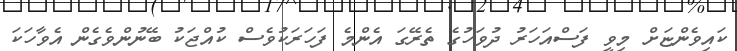
ކައިވެންޏަށް މިވީ ފަސްއަހަރު ދުވަހުގެ ތެރޭގަ އެންމެ ފަހަރަކުވެސް ކުއްޖަކު ބޭނުންވެގެން އެވާހަކަ